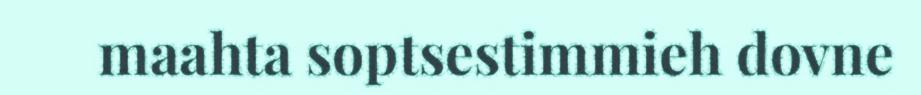
maahta soptsestimmieh dovne